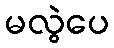
မလွဲပေ